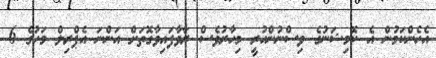
އެހެންކަމުން އެ ކޮމިޝަނުގެ ވިސްނުންހުރީ މިހާރުވެސް ރާވާފައިވާގޮތަށް އަންނަ އެޕްރިލް މަހުގެ 6